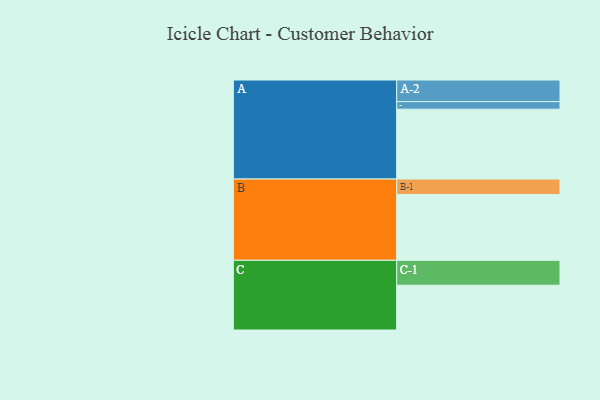
{"axis": {"x": "Segment", "y": "Value"}, "legend": ["", "A", "B", "C"], "data": [{"x": "A", "y": 507, "type": ""}, {"x": "B", "y": 478, "type": ""}, {"x": "C", "y": 325, "type": ""}, {"x": "A-1", "y": 55, "type": "A"}, {"x": "A-2", "y": 157, "type": "A"}, {"x": "B-1", "y": 112, "type": "B"}, {"x": "C-1", "y": 181, "type": "C"}]}